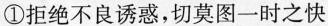
①拒绝不良诱惑，切莫图一时之快